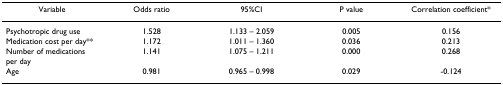
<table><thead><tr><td><b>Variable</b></td><td><b>Odds ratio</b></td><td><b>95%CI</b></td><td><b>P value</b></td><td><b>Correlation coefficient*</b></td></tr></thead><tbody><tr><td>Psychotropic drug use</td><td>1.528</td><td>1.133 – 2.059</td><td>0.005</td><td>0.156</td></tr><tr><td>Medication cost per day**</td><td>1.172</td><td>1.011 – 1.360</td><td>0.036</td><td>0.213</td></tr><tr><td>Number of medications per day</td><td>1.141</td><td>1.075 – 1.211</td><td>0.000</td><td>0.268</td></tr><tr><td>Age</td><td>0.981</td><td>0.965 – 0.998</td><td>0.029</td><td>-0.124</td></tr></tbody></table>